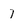
Character: 7